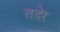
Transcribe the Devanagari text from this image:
तदेर